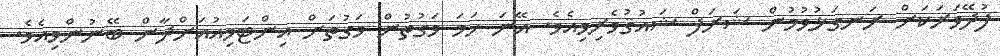
ފުދޭވަރަކަށް ރަނގަޅުވުމުން ޝަރަފް ޝައުޤުވެރިވިއެވެ. އޭނަ ހަމަ ވަގުތުން ވަގުތަށް އިންޓަވިއުއަށްދާން ބޭނުންވިއެވެ.